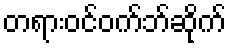
တရားဝင်ဝက်ဘ်ဆိုက်